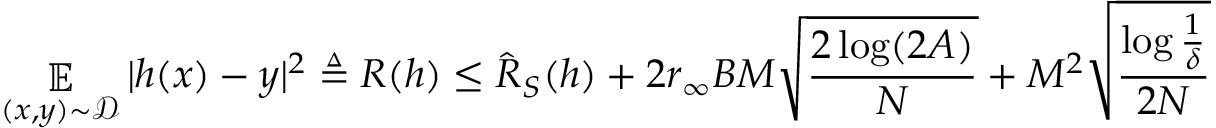
\mathop { \mathbb { E } } _ { ( x , y ) \sim \mathcal { D } } | h ( x ) - y | ^ { 2 } \triangleq R ( h ) \leq \hat { R } _ { S } ( h ) + 2 r _ { \infty } B M \sqrt { \frac { 2 \log ( 2 A ) } { N } } + M ^ { 2 } \sqrt { \frac { \log \frac { 1 } { \delta } } { 2 N } }